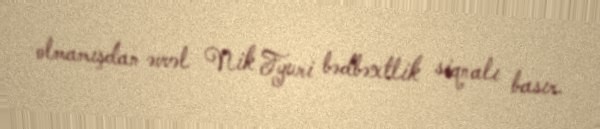
olmamışdan əvvəl Nik Fyuri bədbəxtlik siqnalı basır.